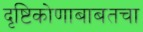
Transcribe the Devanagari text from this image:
दृष्टिकोणाबाबतचा